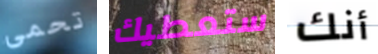
تحمى ستعطيك أنك